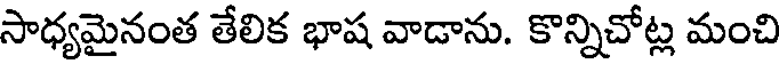
సాధ్యమైనంత తేలిక భాష వాడాను. కొన్నిచోట్ల మంచి